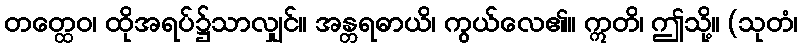
တတ္ထေဝ၊ ထိုအရပ်၌သာလျှင်။ အန္တရဓာယိ၊ ကွယ်လေ၏။ ဣတိ၊ ဤသို့။ (သုတံ၊